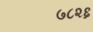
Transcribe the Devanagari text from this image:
७८२६